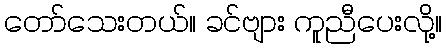
တော်သေးတယ်။ ခင်ဗျား ကူညီပေးလို့။